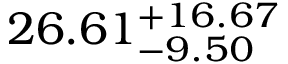
2 6 . 6 1 _ { - 9 . 5 0 } ^ { + 1 6 . 6 7 }